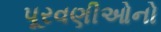
પૂરવણીઓનો